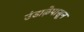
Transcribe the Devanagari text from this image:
उंडाऴेपासून